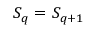
S _ { q } = S _ { q + 1 }